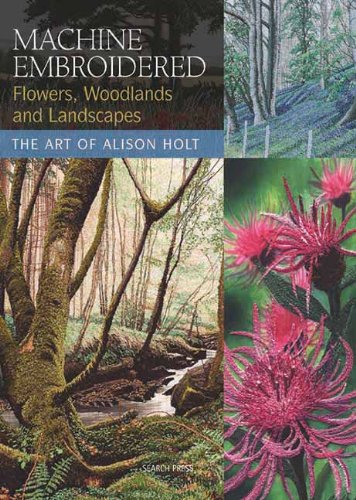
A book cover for Machine Embroidered Flowers, Woodlands and Landscapes: The Art of Alison Holt; Alison Holt; Crafts, Hobbies & Home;